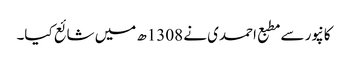
کانپور سے مطبع احمدی نے 1308ھ میں شائع کیا۔